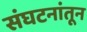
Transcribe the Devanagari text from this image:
संघटनांतून